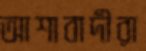
আশাবাদীরা